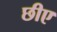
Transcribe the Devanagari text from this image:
छीए